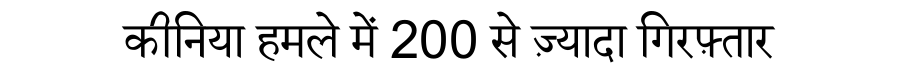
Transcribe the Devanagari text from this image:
कीनिया हमले में 200 से ज़्यादा गिरफ़्तार